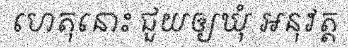
ហេតុនោះ ជួយឲ្យឃុំ អនុវត្ត